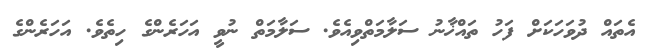
އެތައް ދުވަހަކަށް ފަހު ތައްޚާނު ސަލާމަތްވިއެވެ. ސަލާމަތް ނުވީ އަހަރެންގެ ހިތެވެ. އަހަރެންގެ